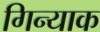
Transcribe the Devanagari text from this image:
गिन्याक